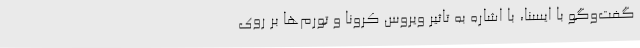
گفت‌وگو با ایسنا، با اشاره به تاثیر ویروس کرونا و تورم‌ها بر روی